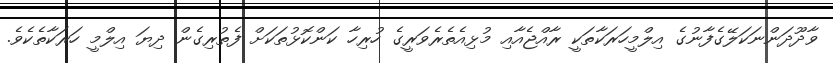
ވާދޫދަންނަކަލޭގެފާނުގެ އިލްމީހަރަކާތަކީ ރާއްޖެއާއި މުޅިއެތެރެވަރީގެ ހުރިހާ ކަންކޮޅުތަކަށް ފެތުރިގެން ދިޔަ އިލްމީ ހަރަކާތެކެވެ.